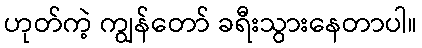
ဟုတ်ကဲ့ ကျွန်တော် ခရီးသွားနေတာပါ။